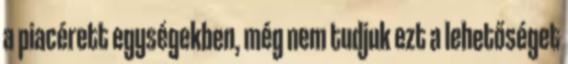
a piacérett egységekben, még nem tudjuk ezt a lehetőséget